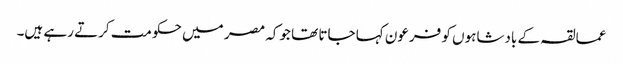
عمالقہ کے بادشاہوں کو فرعون کہا جاتا تھا جوکہ مصر میں حکومت کرتے رہے ہیں۔